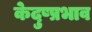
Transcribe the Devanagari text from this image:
केदुष्प्रभाव